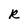
Character: R